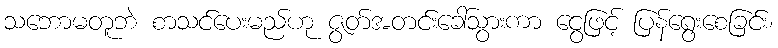
သဘောမတူဘဲ စာသင်ပေးမည်ဟု ဇွတ်အတင်းခေါ်သွားကာ ငွေဖြင့် ပြန်ရွေးစေခြင်း၊